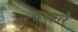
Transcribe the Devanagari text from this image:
तम्हारे